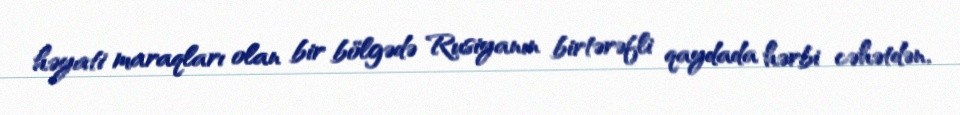
həyati maraqları olan bir bölgədə Rusiyanın birtərəfli qaydada hərbi cəhətdən,